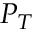
P _ { T }